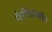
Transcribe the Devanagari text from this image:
फैरीडाक्सीन